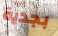
بجدية